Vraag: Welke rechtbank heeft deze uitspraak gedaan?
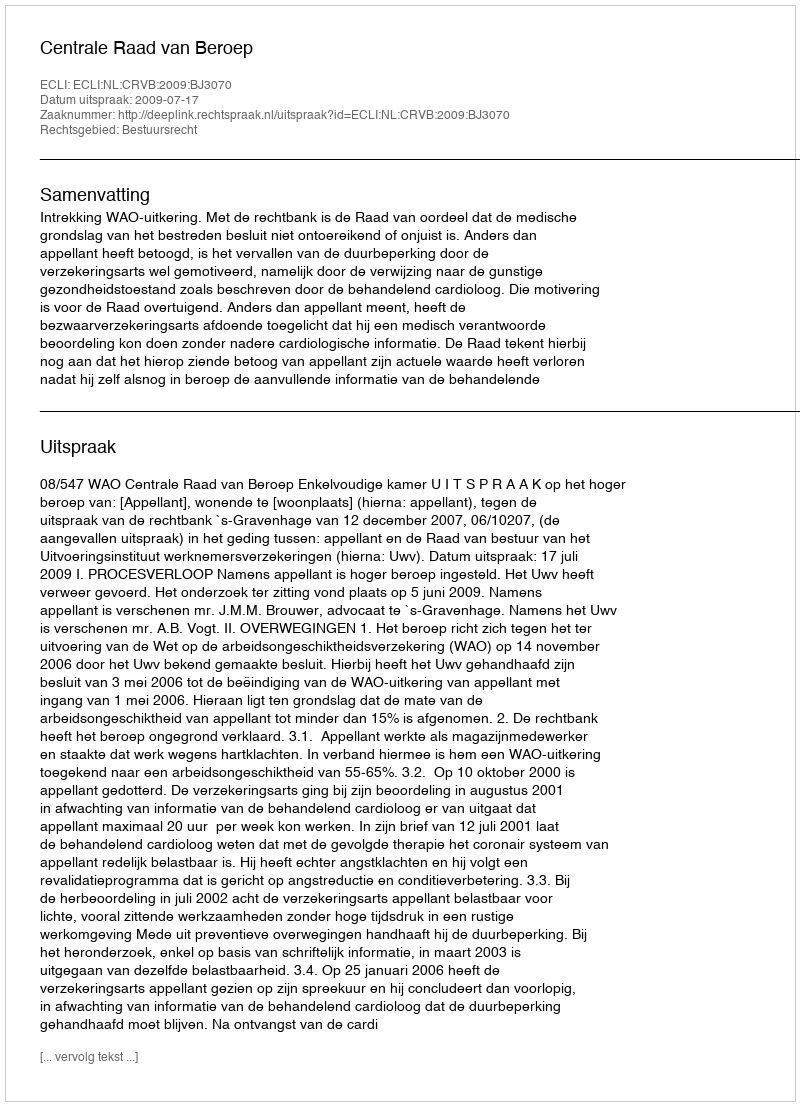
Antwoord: Centrale Raad van Beroep